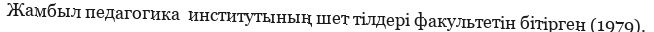
Жамбыл педагогика  институтының шет тілдері факультетін бітірген (1979).